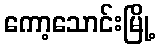
ကော့သောင်းမြို့